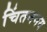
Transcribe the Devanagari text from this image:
चिंतनमय